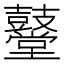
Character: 鼞